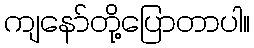
ကျနော်တို့ပြောတာပါ။